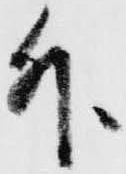
外